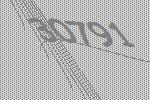
30791